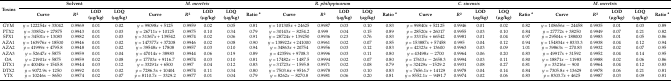
<table><thead><tr><td rowspan="2"><b>Toxins</b></td><td colspan="4"><b>Solvent</b></td><td colspan="5"><b><i>M. meretrix</i></b></td><td colspan="5"><b><i>R. philippinarum</i></b></td><td colspan="5"><b><i>C. sinensis</i></b></td><td colspan="5"><b><i>M. meretrix</i></b></td></tr><tr><td><b>Curve</b></td><td><b><i>R</i><sup>2</sup></b></td><td><b>LOD (μg/kg)</b></td><td><b>LOQ (μg/kg)</b></td><td><b>Curve</b></td><td><b><i>R</i><sup>2</sup></b></td><td><b>LOD (μg/kg)</b></td><td><b>LOQ (μg/kg)</b></td><td><b>Ratio <sup>a</sup></b></td><td><b>Curve</b></td><td><b><i>R</i><sup>2</sup></b></td><td><b>LOD (μg/kg)</b></td><td><b>LOQ (μg/kg)</b></td><td><b>Ratio <sup>a</sup></b></td><td><b>Curve</b></td><td><b><i>R</i><sup>2</sup></b></td><td><b>LOD (μg/kg)</b></td><td><b>LOQ (μg/kg)</b></td><td><b>Ratio <sup>a</sup></b></td><td><b>Curve</b></td><td><b><i>R</i><sup>2</sup></b></td><td><b>LOD (μg/kg)</b></td><td><b>LOQ (μg/kg)</b></td><td><b>Ratio <sup>a</sup></b></td></tr></thead><tbody><tr><td>GYM</td><td><i>y</i> = 122254<i>x</i> + 33042</td><td>0.9969</td><td>0.01</td><td>0.02</td><td><i>y</i> = 99098<i>x</i> + 5125</td><td>0.9959</td><td>0.02</td><td>0.05</td><td>0.81</td><td><i>y</i> = 101305<i>x</i> + 24625</td><td>0.9987</td><td>0.03</td><td>0.10</td><td>0.83</td><td><i>y</i> = 99840<i>x</i> + 52125</td><td>0.9946</td><td>0.01</td><td>0.02</td><td>0.82</td><td><i>y</i> = 108656<i>x</i> − 24458</td><td>0.9935</td><td>0.01</td><td>0.03</td><td>0.89</td></tr><tr><td>PTX2</td><td><i>y</i> = 33852<i>x</i> + 27875</td><td>0.9943</td><td>0.01</td><td>0.03</td><td><i>y</i> = 26711<i>x</i> + 10125</td><td>0.9975</td><td>0.10</td><td>0.34</td><td>0.79</td><td><i>y</i> = 30143<i>x</i> − 8254.2</td><td>0.999</td><td>0.04</td><td>0.15</td><td>0.89</td><td><i>y</i> = 28520<i>x</i> + 26017</td><td>0.9955</td><td>0.03</td><td>0.10</td><td>0.84</td><td><i>y</i> = 27772<i>x</i> + 38250</td><td>0.9949</td><td>0.07</td><td>0.21</td><td>0.82</td></tr><tr><td>SPX1</td><td><i>y</i> = 34501<i>x</i> + 13083</td><td>0.9982</td><td>0.01</td><td>0.03</td><td><i>y</i> = 31367<i>x</i> + 139542</td><td>0.9974</td><td>0.02</td><td>0.06</td><td>0.91</td><td><i>y</i> = 28724<i>x</i> + 139250</td><td>0.9936</td><td>0.23</td><td>0.76</td><td>0.83</td><td><i>y</i> = 33315<i>x</i> + 66542</td><td>0.9981</td><td>0.01</td><td>0.04</td><td>0.97</td><td><i>y</i> = 29504<i>x</i> + 188000</td><td>0.9983</td><td>0.01</td><td>0.05</td><td>0.86</td></tr><tr><td>AZA1</td><td><i>y</i> = 163976<i>x</i> + 18500</td><td>0.9946</td><td>0.01</td><td>0.02</td><td><i>y</i> = 147377<i>x</i> + 37208</td><td>0.9946</td><td>0.02</td><td>0.08</td><td>0.90</td><td><i>y</i> = 138922<i>x</i> + 241000</td><td>0.9961</td><td>0.02</td><td>0.07</td><td>0.85</td><td><i>y</i> = 153887<i>x</i> + 57458</td><td>0.995</td><td>0.04</td><td>0.12</td><td>0.94</td><td><i>y</i> = 154834<i>x</i> + 8333.3</td><td>0.9938</td><td>0.04</td><td>0.12</td><td>0.94</td></tr><tr><td>AZA2</td><td><i>y</i> = 41999<i>x</i> + 4795.8</td><td>0.9948</td><td>0.01</td><td>0.02</td><td><i>y</i> = 39548<i>x</i> + 17808</td><td>0.9957</td><td>0.03</td><td>0.10</td><td>0.94</td><td><i>y</i> = 34863<i>x</i> + 20754</td><td>0.9956</td><td>0.03</td><td>0.12</td><td>0.83</td><td><i>y</i> = 42323<i>x</i> + 13600</td><td>0.9963</td><td>0.03</td><td>0.09</td><td>1.01</td><td><i>y</i> = 39863<i>x</i> − 270.83</td><td>0.9932</td><td>0.02</td><td>0.07</td><td>0.95</td></tr><tr><td>AZA3</td><td><i>y</i> = 52647<i>x</i> + 5875</td><td>0.9959</td><td>0.01</td><td>0.04</td><td><i>y</i> = 47014<i>x</i> + 38983</td><td>0.9944</td><td>0.06</td><td>0.19</td><td>0.89</td><td><i>y</i> = 42359<i>x</i> + 9708.3</td><td>0.9996</td><td>0.03</td><td>0.11</td><td>0.80</td><td><i>y</i> = 43498<i>x</i> − 2700</td><td>0.9964</td><td>0.06</td><td>0.20</td><td>0.83</td><td><i>y</i> = 49917<i>x</i> + 31592</td><td>0.9952</td><td>0.04</td><td>0.14</td><td>0.95</td></tr><tr><td>OA</td><td><i>y</i> = 21901<i>x</i> + 5875</td><td>0.9959</td><td>0.02</td><td>0.08</td><td><i>y</i> = 17703<i>x</i> + 9116.7</td><td>0.9974</td><td>0.03</td><td>0.10</td><td>0.81</td><td><i>y</i> = 17482<i>x</i> − 1487.5</td><td>0.9994</td><td>0.02</td><td>0.07</td><td>0.80</td><td><i>y</i> = 17613<i>x</i> − 2658.3</td><td>0.9994</td><td>0.03</td><td>0.11</td><td>0.80</td><td><i>y</i> = 18871<i>x</i> − 11983</td><td>0.9988</td><td>0.02</td><td>0.06</td><td>0.86</td></tr><tr><td>DTX1</td><td><i>y</i> = 40048<i>x</i> + 1545.8</td><td>0.9944</td><td>0.03</td><td>0.12</td><td><i>y</i> = 33291<i>x</i> + 6500</td><td>0.997</td><td>0.04</td><td>0.12</td><td>0.83</td><td><i>y</i> = 31723<i>x</i> − 1595.8</td><td>0.9971</td><td>0.02</td><td>0.08</td><td>0.79</td><td><i>y</i> = 32429<i>x</i> −1529.2</td><td>0.9931</td><td>0.08</td><td>0.27</td><td>0.81</td><td><i>y</i> = 33216<i>x</i> − 900</td><td>0.9964</td><td>0.04</td><td>0.12</td><td>0.83</td></tr><tr><td>DTX2</td><td><i>y</i> = 9072.9<i>x</i> + 1250</td><td>0.9992</td><td>0.01</td><td>0.02</td><td><i>y</i> = 7286.3<i>x</i> + 10404</td><td>0.9974</td><td>0.11</td><td>0.34</td><td>0.80</td><td><i>y</i> = 7503.6<i>x</i> + 9516.7</td><td>0.9978</td><td>0.03</td><td>0.10</td><td>0.83</td><td><i>y</i> = 7656.1<i>x</i> + 14129</td><td>0.9978</td><td>0.04</td><td>0.14</td><td>0.84</td><td><i>y</i> = 7305.8<i>x</i> + 13629</td><td>0.9978</td><td>0.06</td><td>0.21</td><td>0.81</td></tr><tr><td>YTX</td><td><i>y</i> = 10246<i>x</i> − 8650</td><td>0.9974</td><td>0.02</td><td>0.07</td><td><i>y</i> = 8110.7<i>x</i> − 3329.2</td><td>0.9977</td><td>0.01</td><td>0.04</td><td>0.79</td><td><i>y</i> = 8262<i>x</i> − 8270.8</td><td>0.9981</td><td>0.06</td><td>0.20</td><td>0.81</td><td><i>y</i> = 8552.1<i>x</i> − 9491.7</td><td>0.9974</td><td>0.02</td><td>0.06</td><td>0.83</td><td><i>y</i> = 8303.7<i>x</i> + 4625</td><td>0.9987</td><td>0.03</td><td>0.09</td><td>0.81</td></tr></tbody></table>